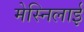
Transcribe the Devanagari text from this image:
मेस्निलाई